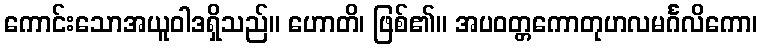
ကောင်းသောအယူဝါဒရှိသည်။ ဟောတိ၊ ဖြစ်၏။ အပဝတ္တကောတုဟလမင်္ဂလိကော၊